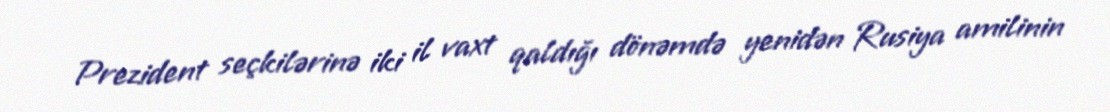
Prezident seçkilərinə iki il vaxt qaldığı dönəmdə yenidən Rusiya amilinin